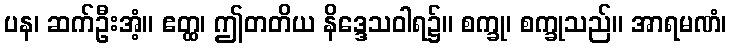
ပန၊ ဆက်ဦးအံ့။ ဧတ္ထ၊ ဤတတိယ နိဒ္ဒေသဝါရ၌။ စက္ခု၊ စက္ခုသည်။ အာရမဏံ၊